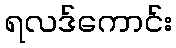
ရလဒ်ကောင်း